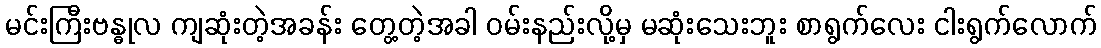
မင်းကြီးဗန္ဓုလ ကျဆုံးတဲ့အခန်း တွေ့တဲ့အခါ ဝမ်းနည်းလို့မှ မဆုံးသေးဘူး စာရွက်လေး ငါးရွက်လောက်